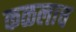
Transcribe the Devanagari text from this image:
कळलाच